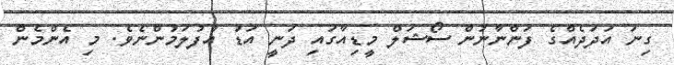
ގިނަ އަދަދެއްގެ ފަންނާނުން ސޯޝަލް މީޑިއާގައި ދަނީ އަޑު އުފުލަމުންނެވެ. މި އެންމެން